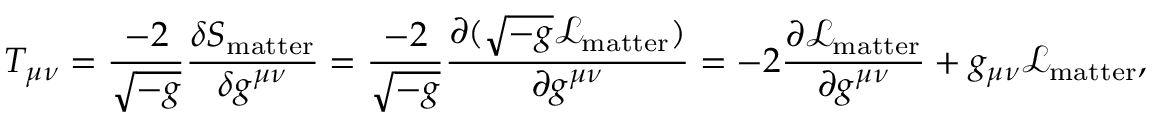
T _ { \mu \nu } = { \frac { - 2 } { \sqrt { - g } } } { \frac { \delta S _ { \mathrm { m a t t e r } } } { \delta g ^ { \mu \nu } } } = { \frac { - 2 } { \sqrt { - g } } } { \frac { \partial ( { \sqrt { - g } } { \mathcal { L } } _ { \mathrm { m a t t e r } } ) } { \partial g ^ { \mu \nu } } } = - 2 { \frac { \partial { \mathcal { L } } _ { \mathrm { m a t t e r } } } { \partial g ^ { \mu \nu } } } + g _ { \mu \nu } { \mathcal { L } } _ { \mathrm { m a t t e r } } ,